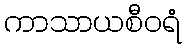
ကာသာယစီဝရံ